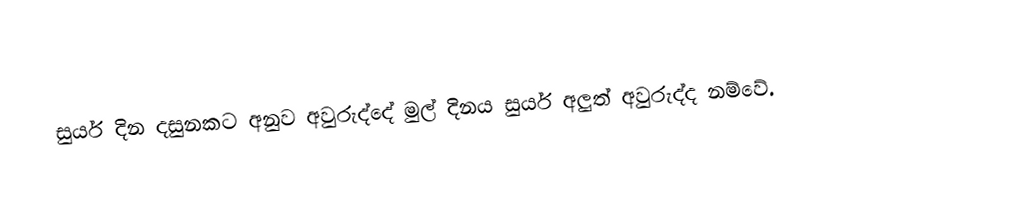
සුර්ය දින දසුනකට අනුව අවුරුද්දේ මුල් දිනය සුර්ය අලුත් අවුරුද්ද නම්වේ.